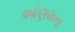
ઓણમના